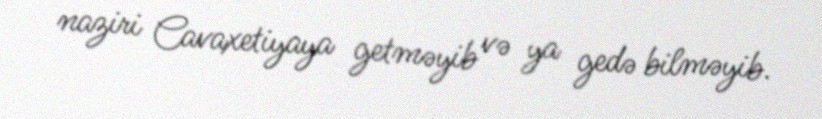
naziri Cavaxetiyaya getməyib və ya gedə bilməyib.